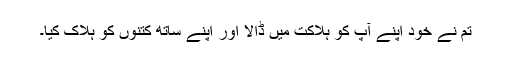
تم نے خود اپنے آپ کو ہلاکت میں ڈالا اور اپنے ساتھ کتنوں کو ہلاک کیا۔